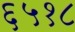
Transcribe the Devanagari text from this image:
६५१८